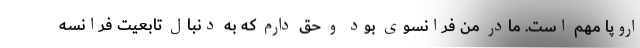
اروپا مهم است. مادر من فرانسوی بود و حق دارم که به دنبال تابعیت فرانسه